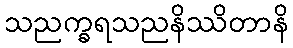
သညက္ခရသညနိဿိတာနိ